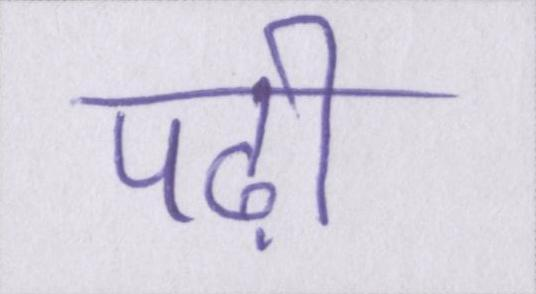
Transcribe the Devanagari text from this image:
पढ़ी